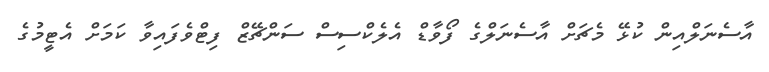
އާސެނަލްއިން ކުޅޭ މެޗަށް އާސެނަލްގެ ފޯވާޑް އެލެކްސިސް ސަންޗޭޒް ފިޓްވެފައިވާ ކަމަށް އެޓީމުގެ